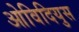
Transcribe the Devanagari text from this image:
ओविदियुस